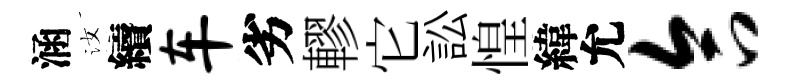
涵汝續车劣轇它訟惶緯允合